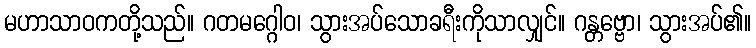
မဟာသာဝကတို့သည်။ ဂတမဂ္ဂေါဝ၊ သွားအပ်သောခရီးကိုသာလျှင်။ ဂန္တဗ္ဗော၊ သွားအပ်၏။